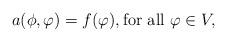
LaTeX: \begin{align*}a(\phi, \varphi) = f(\varphi), \textrm{for all } \varphi\in V,\end{align*}